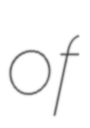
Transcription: of